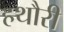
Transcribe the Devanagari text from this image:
हथौरी